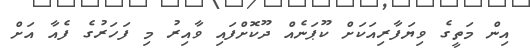
އިން މަތީގެ ވިޔަފާރިއަކަށް ކޫޕަނެއް ދޫކޮށްފައި ވާއިރު މި ފަހަރުގެ ފެއާ އަށް